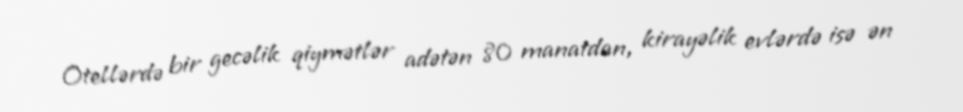
Otellərdə bir gecəlik qiymətlər adətən 80 manatdan, kirayəlik evlərdə isə ən